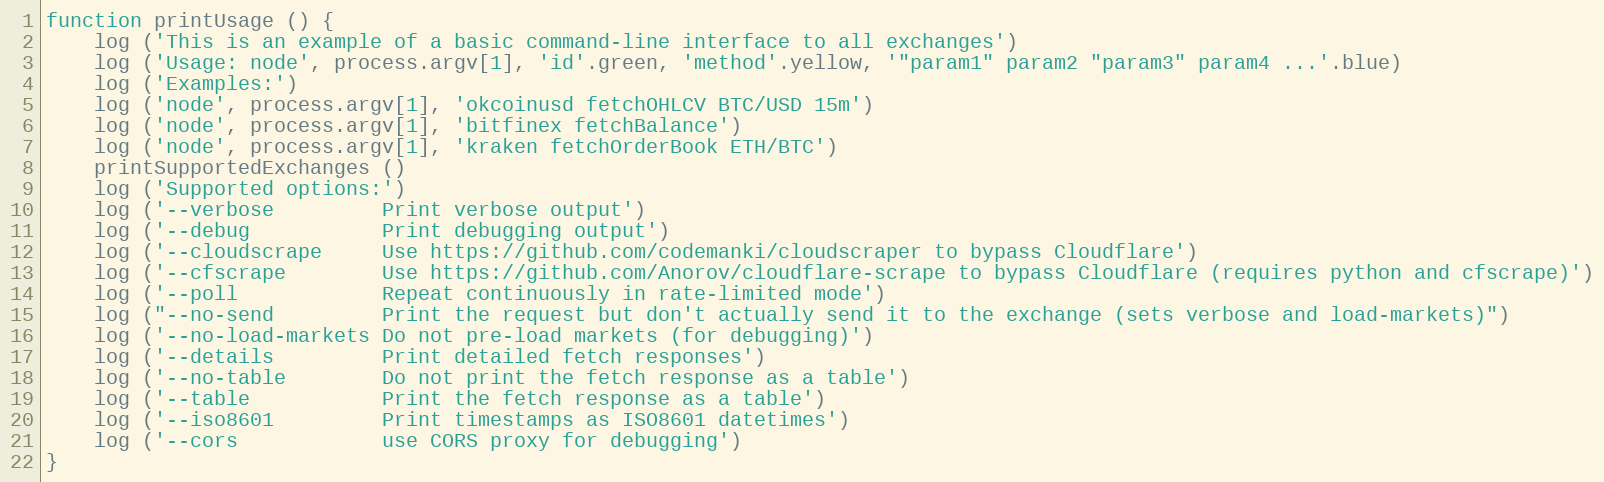
Language: JavaScript
function printUsage () {
    log ('This is an example of a basic command-line interface to all exchanges')
    log ('Usage: node', process.argv[1], 'id'.green, 'method'.yellow, '"param1" param2 "param3" param4 ...'.blue)
    log ('Examples:')
    log ('node', process.argv[1], 'okcoinusd fetchOHLCV BTC/USD 15m')
    log ('node', process.argv[1], 'bitfinex fetchBalance')
    log ('node', process.argv[1], 'kraken fetchOrderBook ETH/BTC')
    printSupportedExchanges ()
    log ('Supported options:')
    log ('--verbose         Print verbose output')
    log ('--debug           Print debugging output')
    log ('--cloudscrape     Use https://github.com/codemanki/cloudscraper to bypass Cloudflare')
    log ('--cfscrape        Use https://github.com/Anorov/cloudflare-scrape to bypass Cloudflare (requires python and cfscrape)')
    log ('--poll            Repeat continuously in rate-limited mode')
    log ("--no-send         Print the request but don't actually send it to the exchange (sets verbose and load-markets)")
    log ('--no-load-markets Do not pre-load markets (for debugging)')
    log ('--details         Print detailed fetch responses')
    log ('--no-table        Do not print the fetch response as a table')
    log ('--table           Print the fetch response as a table')
    log ('--iso8601         Print timestamps as ISO8601 datetimes')
    log ('--cors            use CORS proxy for debugging')
}